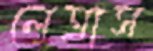
লেত্রাস